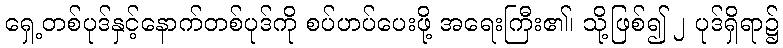
ရှေ့တစ်ပုဒ်နှင့်နောက်တစ်ပုဒ်ကို စပ်ဟပ်ပေးဖို့ အရေးကြီး၏၊ သို့ဖြစ်၍ ၂ ပုဒ်ရှိရာ၌